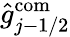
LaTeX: \hat{g}_{j-1/2}^{\mathrm{com}}